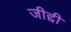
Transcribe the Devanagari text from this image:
जीद्दी